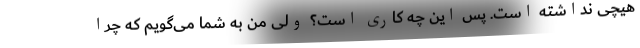
هیچی نداشته است. پس این چه کاری است؟ ولی من به شما می‌گویم که چرا